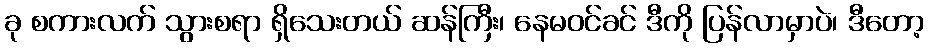
ခု စကားလက် သွားစရာ ရှိသေးတယ် ဆန်ကြီး၊ နေမဝင်ခင် ဒီကို ပြန်လာမှာပဲ၊ ဒီတော့